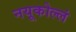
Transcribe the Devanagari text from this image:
नयूकोल्लं